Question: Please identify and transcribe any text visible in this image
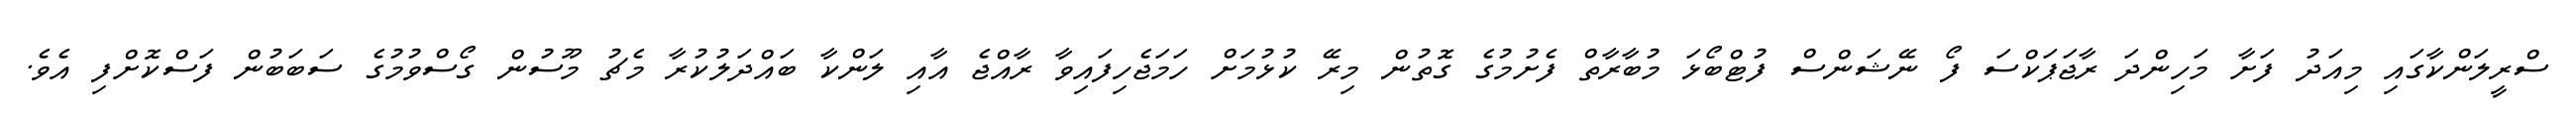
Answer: ސްރީލަންކާގައި މިއަދު ފަށާ މަހިންދަ ރާޖަޕަކްސަ ފޯ ނޭޝަންސް ފުޓްބޯޅަ މުބާރާތް ފެށުމުގެ ގޮތުން މިރޭ ކުޅުމަށް ހަމަޖެހިފައިވާ ރާއްޖެ އާއި ލަންކާ ބައްދަލުކުރާ މެޗު މޫސުން ގޯސްވުމުގެ ސަބަބުން ފަސްކޮށްފި އެވެ.